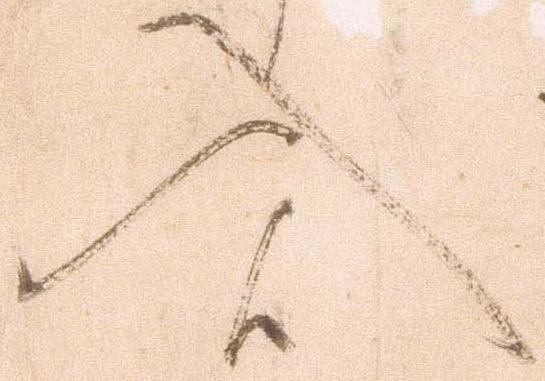
入